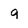
Character: g